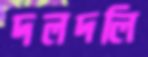
দলদলি